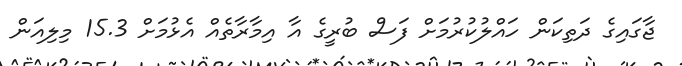
ޖާގައިގެ ދަތިކަން ހައްލުކުރުމަށް ފަސް ބުރީގެ އާ އިމާރާތެއް އެޅުމަށް 15.3 މިލިއަން